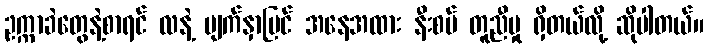
ဥက္ကာခဲတွေနဲ့စာရင် လနဲ့ မျက်နှာပြင် အနေအထား နီးစပ် တူညီမှု ရှိတယ်လို့ ဆိုပါတယ်။